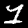
Label: 1